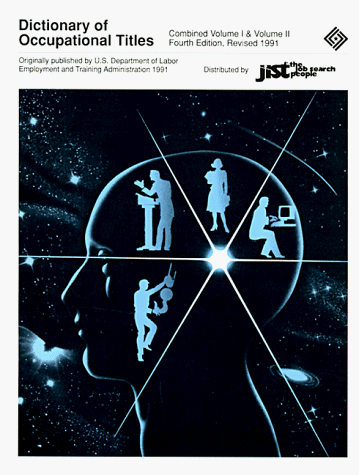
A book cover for Dictionary of Occupational Titles: Volume 1 and Volume 2 (O*Net Companion to Occupational Outlook Handbook With Detailed Data Summaries); U S Department of Labor; Business & Money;